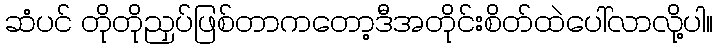
ဆံပင် တိုတိုညှပ်ဖြစ်တာကတော့ဒီအတိုင်းစိတ်ထဲပေါ်လာလို့ပါ။